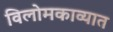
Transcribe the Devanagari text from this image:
विलोमकाव्यात